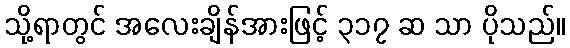
သို့ရာတွင် အလေးချိန်အားဖြင့် ၃၁၇ ဆ သာ ပိုသည်။